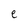
Character: e